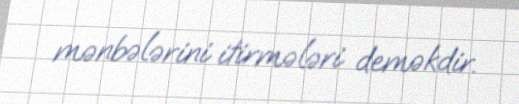
mənbələrini itirmələri deməkdir.